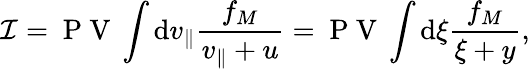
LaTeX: \mathcal{I}=\mathrm{~P~V~}\int\mathrm{d}v_{\parallel}\frac{f_{M}}{v_{\parallel}+u}=\mathrm{~P~V~}\int\mathrm{d}\xi\frac{f_{M}}{\xi+y},